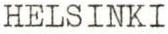
HELSINKI